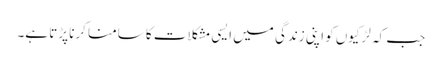
جب کہ لڑکیوں کو اپنی زندگی میں ایسی مشکلات کا سامنا کرنا پڑتا ہے۔